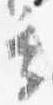
季